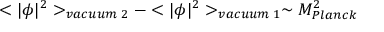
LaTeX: < | \phi | ^ { 2 } > _ { v a c u u m \; 2 } - < | \phi | ^ { 2 } > _ { v a c u u m \; 1 } \sim M _ { P l a n c k } ^ { 2 }